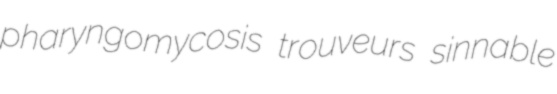
pharyngomycosis trouveurs sinnable